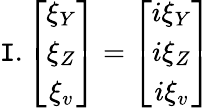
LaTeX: \mathtt{I}.\left[\begin{array}{c}{{\xi_{Y}}}\\ {{\xi_{Z}}}\\ {{\xi_{v}}}\end{array}\right]=\left[\begin{array}{c}{{i\xi_{Y}}}\\ {{i\xi_{Z}}}\\ {{i\xi_{v}}}\end{array}\right]